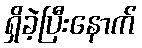
ရှိခဲ့ပြီးနောက်